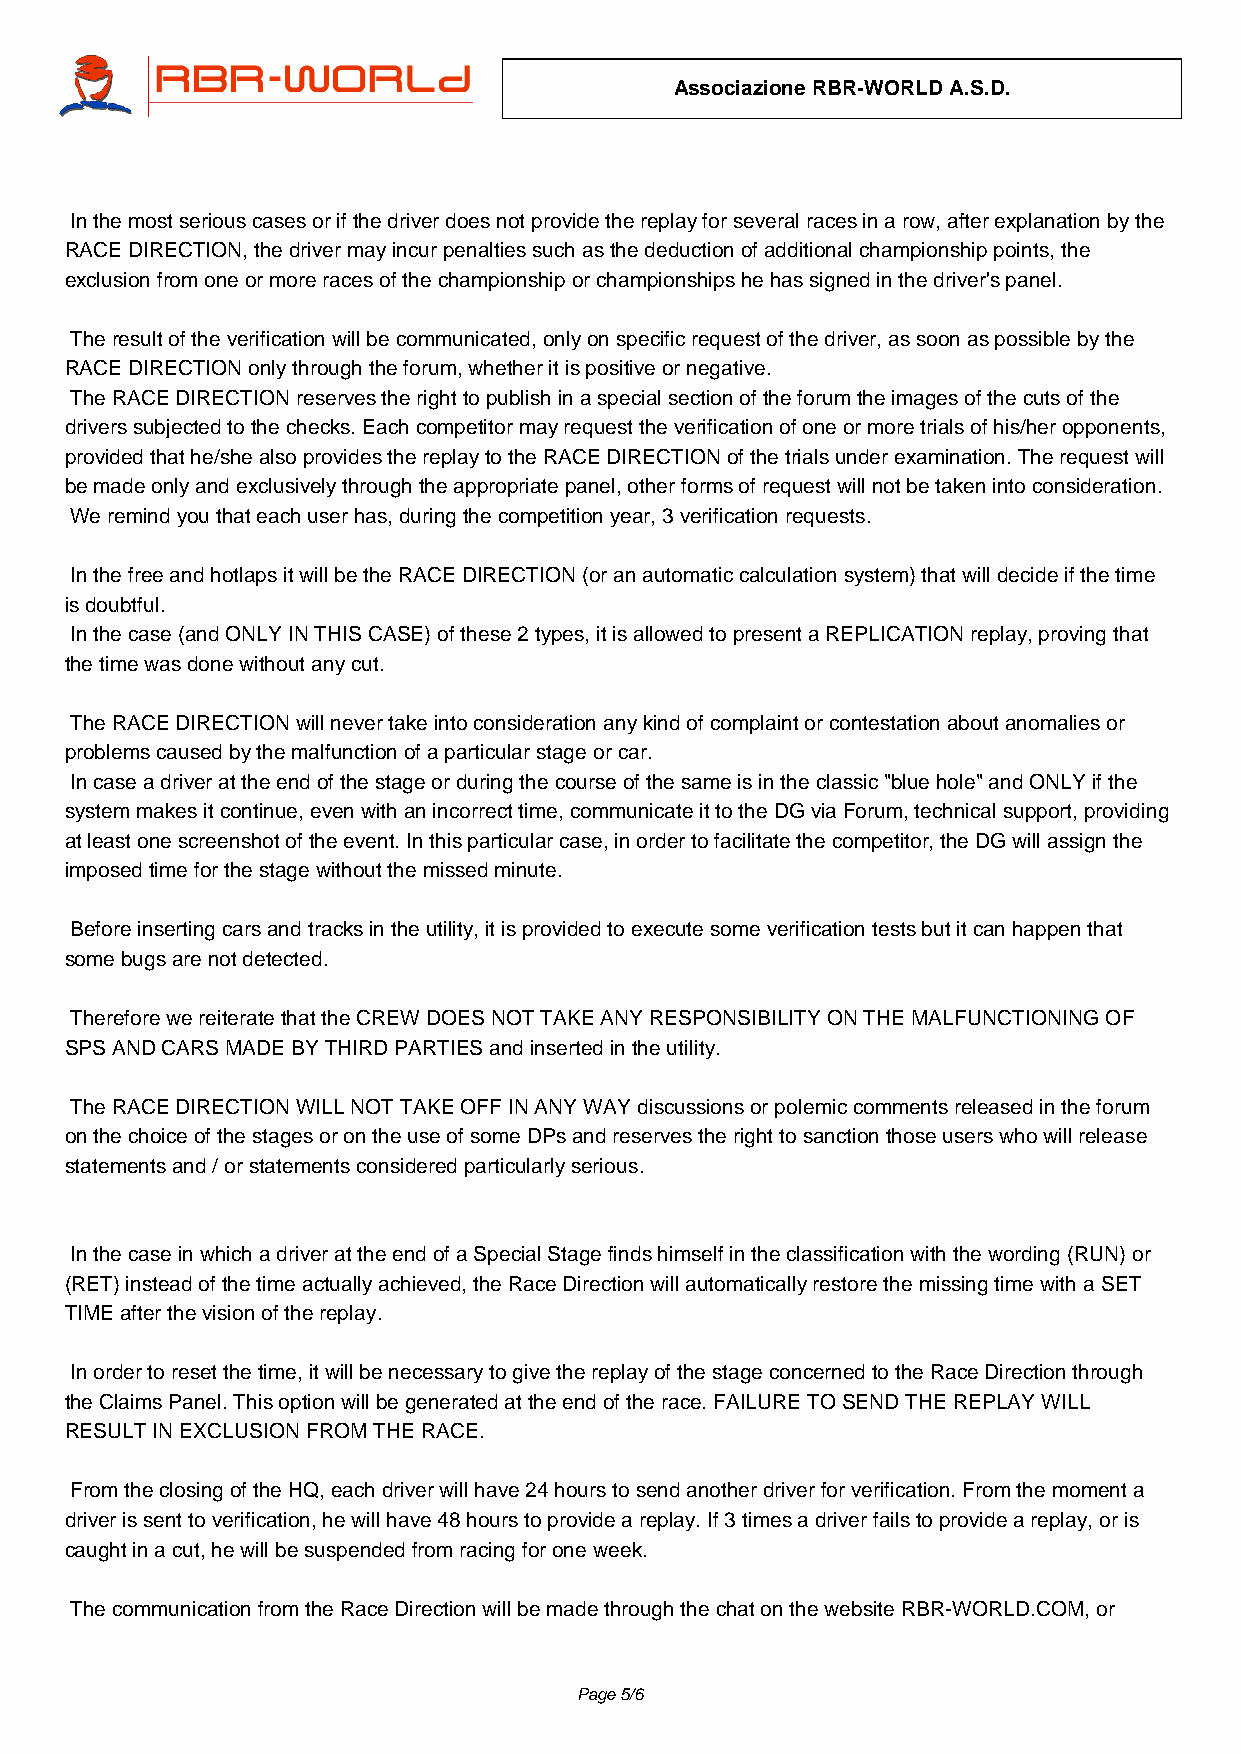
Associazione RBR-WORLD A.S.D.
 In the most serious cases or if the driver does not provide the replay for several races in a row, after explanation by the
 RACE DIRECTION, the driver may incur penalties such as the deduction of additional championship points, the
 exclusion from one or more races of the championship or championships he has signed in the driver's panel.
 The result of the verification will be communicated, only on specific request of the driver, as soon as possible by the
 RACE DIRECTION only through the forum, whether it is positive or negative.
 The RACE DIRECTION reserves the right to publish in a special section of the forum the images of the cuts of the
 drivers subjected to the checks. Each competitor may request the verification of one or more trials of his/her opponents,
 provided that he/she also provides the replay to the RACE DIRECTION of the trials under examination. The request will
 be made only and exclusively through the appropriate panel, other forms of request will not be taken into consideration.
 We remind you that each user has, during the competition year, 3 verification requests.
 In the free and hotlaps it will be the RACE DIRECTION (or an automatic calculation system) that will decide if the time
 is doubtful.
 In the case (and ONLY IN THIS CASE) of these 2 types, it is allowed to present a REPLICATION replay, proving that
 the time was done without any cut.
 The RACE DIRECTION will never take into consideration any kind of complaint or contestation about anomalies or
 problems caused by the malfunction of a particular stage or car.
 In case a driver at the end of the stage or during the course of the same is in the classic "blue hole" and ONLY if the
 system makes it continue, even with an incorrect time, communicate it to the DG via Forum, technical support, providing
 at least one screenshot of the event. In this particular case, in order to facilitate the competitor, the DG will assign the
 imposed time for the stage without the missed minute.
 Before inserting cars and tracks in the utility, it is provided to execute some verification tests but it can happen that
 some bugs are not detected.
 Therefore we reiterate that the CREW DOES NOT TAKE ANY RESPONSIBILITY ON THE MALFUNCTIONING OF
 SPS AND CARS MADE BY THIRD PARTIES and inserted in the utility.
 The RACE DIRECTION WILL NOT TAKE OFF IN ANY WAY discussions or polemic comments released in the forum
 on the choice of the stages or on the use of some DPs and reserves the right to sanction those users who will release
 statements and / or statements considered particularly serious.
 In the case in which a driver at the end of a Special Stage finds himself in the classification with the wording (RUN) or
 (RET) instead of the time actually achieved, the Race Direction will automatically restore the missing time with a SET
 TIME after the vision of the replay.
 In order to reset the time, it will be necessary to give the replay of the stage concerned to the Race Direction through
 the Claims Panel. This option will be generated at the end of the race. FAILURE TO SEND THE REPLAY WILL
 RESULT IN EXCLUSION FROM THE RACE.
 From the closing of the HQ, each driver will have 24 hours to send another driver for verification. From the moment a
 driver is sent to verification, he will have 48 hours to provide a replay. If 3 times a driver fails to provide a replay, or is
 caught in a cut, he will be suspended from racing for one week.
 The communication from the Race Direction will be made through the chat on the website RBR-WORLD.COM, or
 Page 5/6